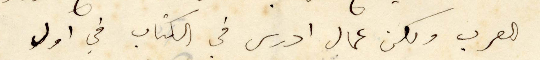
العرب ولكن عمال ادرس في الكتاب في اول